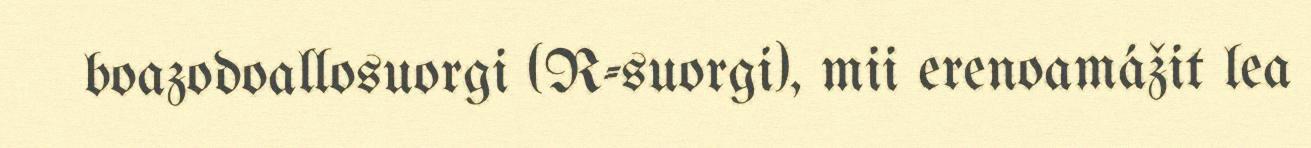
boazodoallosuorgi (R-suorgi), mii erenoamážit lea